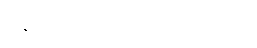
ဝိနီတဝတ္ထုများ၊ ဝတ္ထု (၆၀)